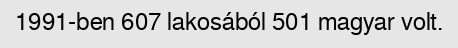
1991-ben 607 lakosából 501 magyar volt.